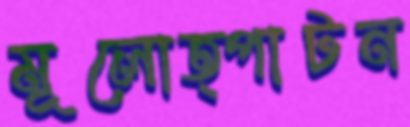
মূলোত্পাটন